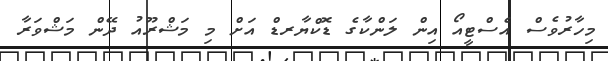
މިހާރުވެސް އެސްޓީއޯ އިން ލަންކާގެ ޑޮކްޔާރޑް އަށް މި މަޝްރޫއު ދޭން މަޝްވަރާ